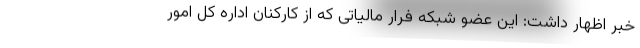
خبر اظهار داشت: این عضو شبکه فرار مالیاتی که از کارکنان اداره کل امور